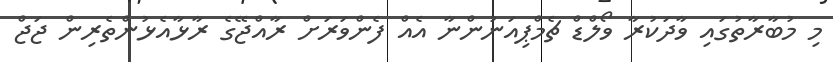
މި މުބާރާތުގައި ވާދަކުރާ ވޯލްޑް ޗެމްޕިއަނުންނާ އެއް ފެންވަރަށް ރާއްޖޭގެ ރާޅާއެޅުންތެރިން ޖަޖް